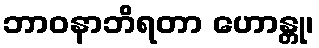
ဘာဝနာဘိရတာ ဟောန္တု၊